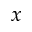
x